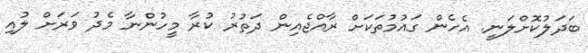
ބަދަލުކޮށްލަނީ. އެހެން ގައުމުތަކަށް ރާއްޖެއިން ދަތުރު ކުރާ މީހުންނާ މެދު ވަރަށް ލުއި